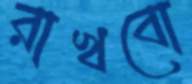
রাখবো